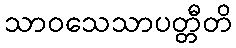
သာဝသေသာပတ္တီတိ